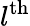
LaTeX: l^{\mathrm{th}}